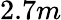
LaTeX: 2.7m